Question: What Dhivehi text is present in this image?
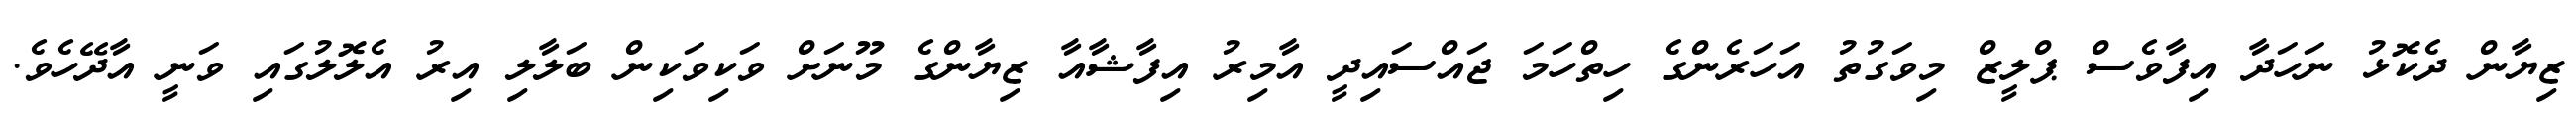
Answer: ޒިޔާން ދެކޮޅު ނަހަދާ އިފާވެސް ޕްލީޒް މިވަގުތު އަހަރެންގެ ހިތްހަމަ ޖައްސައިދީ އާމިރު އިފާޝާއާ ޒިޔާންގެ މޫނަށް ވަކިވަކިން ބަލާލި އިރު އެލޮލުގައި ވަނީ އާދޭހެވެ.